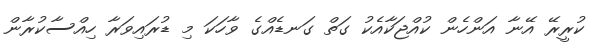
ކުރީރޭ އޭނާ އަންހެން ކުއްޖަކާއެކު ގަތް ގަނޑެއްގެ ވާހަކަ މި ޑުރައިވަރާ ހިއްސާކުރާން